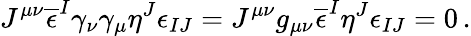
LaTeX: J^{\mu\nu}\overline{{{\epsilon}}}^{I}\gamma_{\nu}\gamma_{\mu}\eta^{J}\epsilon_{IJ}=J^{\mu\nu}g_{\mu\nu}\overline{{{\epsilon}}}^{I}\eta^{J}\epsilon_{IJ}=0\, .